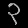
Digit: ၃